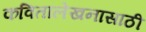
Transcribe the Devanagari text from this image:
कवितालेखनासाठी